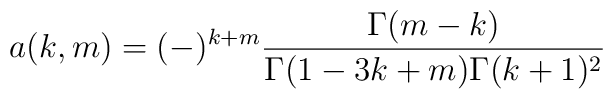
a(k,m)=(-)^{k+m}\frac{\Gamma(m-k)}{\Gamma(1-3k+m)\Gamma(k+1)^2}